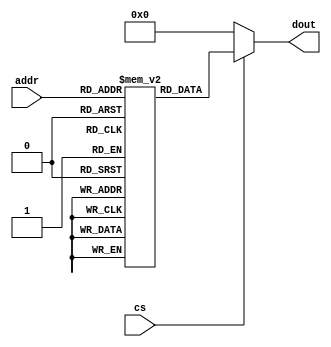
`timescale 1ns / 1ps
//////////////////////////////////////////////////////////////////////////////////
// Company: 
// Engineer: 
// 
// Design Name: 
// Module Name: rom_256x8
// Project Name: 
// Target Devices: 
// Tool Versions: 
// Description: 
// 
// Dependencies: 
// 
// Revision:
// Revision 0.01 - File Created
// Additional Comments:
// 
//////////////////////////////////////////////////////////////////////////////////


module rom_256x8(
    dout, addr, cs
    );
    output[7:0] dout;
    input[7:0] addr;
    input cs;
    
    reg [7:0] ROM[0:255];    
    assign dout = cs?ROM[addr]:8'b0;  
    initial begin
        ROM[0] = -8'd5;
        ROM[1] = -8'd2;
        ROM[2] = -8'd3;
        ROM[3] = 8'd5;
        ROM[4] = 8'd3;
        ROM[5] = 8'd0;
        ROM[6] = 8'd2;
        ROM[7] = 8'd1;
    end 
endmodule